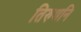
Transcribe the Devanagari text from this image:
तिरुथनि